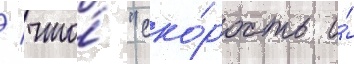
/ что́ "ско́рость и́